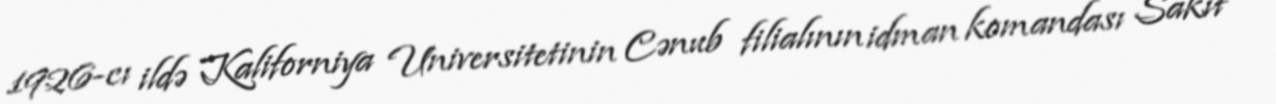
1926-cı ildə Kaliforniya Universitetinin Cənub filialının idman komandası Sakit